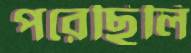
পরেছিলি